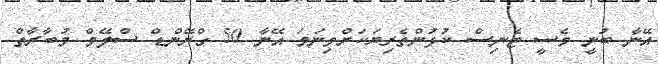
އޭނާ ބުނީ މެސީ ޓެނިސް ކުޅުންތެރިޔަކަށްވިނަމަ އޭނާ 50 ގްރޭންޑް ސްލޭމް މުބާރާތް